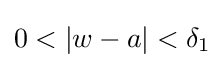
0<\left|w-a\right|<\delta _{1}